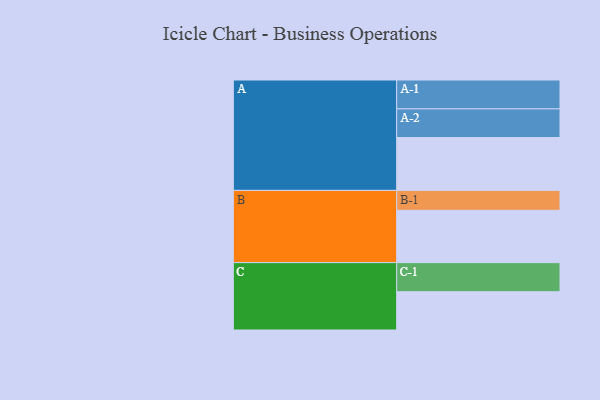
{"axis": {"x": "Segment", "y": "Value"}, "legend": ["", "A", "B", "C"], "data": [{"x": "A", "y": 467, "type": ""}, {"x": "B", "y": 462, "type": ""}, {"x": "C", "y": 338, "type": ""}, {"x": "A-1", "y": 255, "type": "A"}, {"x": "A-2", "y": 253, "type": "A"}, {"x": "B-1", "y": 176, "type": "B"}, {"x": "C-1", "y": 257, "type": "C"}]}